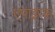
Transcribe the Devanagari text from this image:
एपाइरस